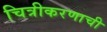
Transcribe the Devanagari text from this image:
चित्रीकरणाची